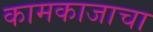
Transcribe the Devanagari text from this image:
कामकाजाचा